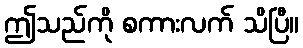
ဤသည်ကို စကားလက် သိပြီ။